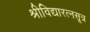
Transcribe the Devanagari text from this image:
श्रीविद्यारत्नसूत्र